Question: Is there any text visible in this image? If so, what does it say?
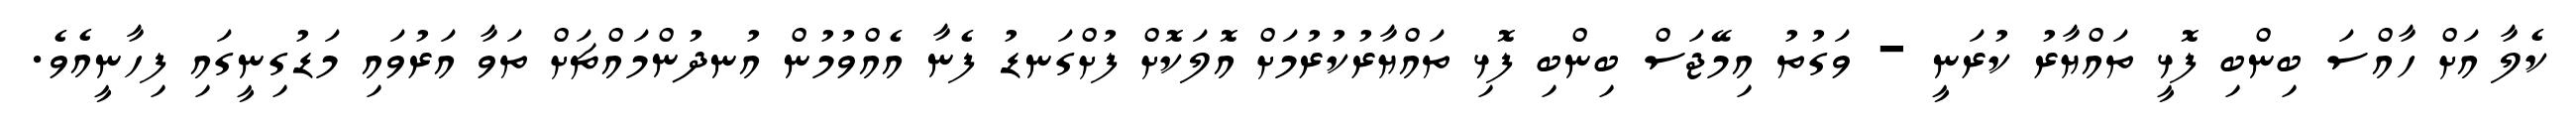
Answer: ކެލާ އަށް ހާއްސަ ބިންބި ފޮޅީ ތައްޔާރު ކުރަނީ - ވަގުތު އިމޭޖަސް ބިންބި ފޮޅި ތައްޔާރުކުރުމަށް އޮލަކޮށް ފުށްގަނޑު ފެނާ އެއްވުމުން އުނދުންމައްޗަށް ތަވާ އަރުވައި މަޑުގިނީގައި ފިހާނީއެވެ.